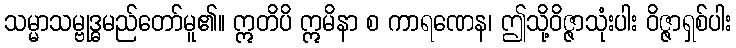
သမ္မာသမ္ဗုဒ္ဓမည်တော်မူ၏။ ဣတိပိ ဣမိနာ စ ကာရဏေန၊ ဤသို့ဝိဇ္ဇာသုံးပါး ဝိဇ္ဇာရှစ်ပါး